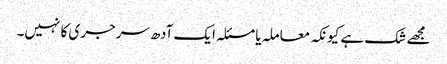
مجھے شک ہے کیونکہ معاملہ یا مسئلہ ایک آدھ سرجری کا نہیں۔